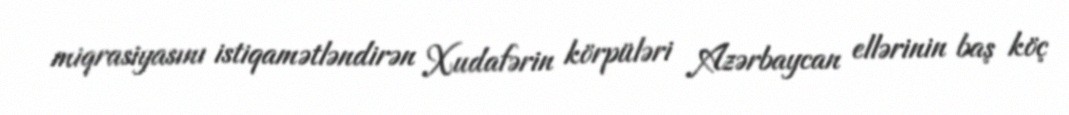
miqrasiyasını istiqamətləndirən Xudafərin körpüləri Azərbaycan ellərinin baş köç